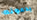
يدعونه